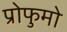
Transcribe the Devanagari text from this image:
प्रोफुमो